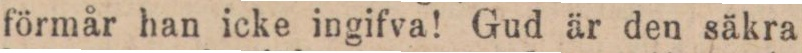
förmår han icke ingifva! Gud är den säkra